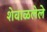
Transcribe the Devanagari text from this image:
शेवाळलेले